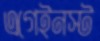
এগেইনস্ট